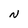
Character: N